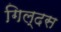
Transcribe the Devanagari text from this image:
गिल्दस